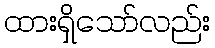
ထားရှိသော်လည်း